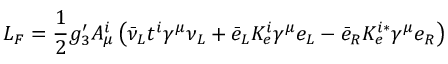
{ \cal L } _ { F } = \frac { 1 } { 2 } g _ { 3 } ^ { \prime } A _ { \mu } ^ { i } \left( \bar { \nu } _ { L } t ^ { i } \gamma ^ { \mu } \nu _ { L } + \bar { e } _ { L } K _ { e } ^ { i } \gamma ^ { \mu } e _ { L } - \bar { e } _ { R } K _ { e } ^ { i \ast } \gamma ^ { \mu } e _ { R } \right)